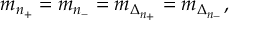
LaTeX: \theta _ { 2 3 } ^ { ( 0 ) } \approx 1